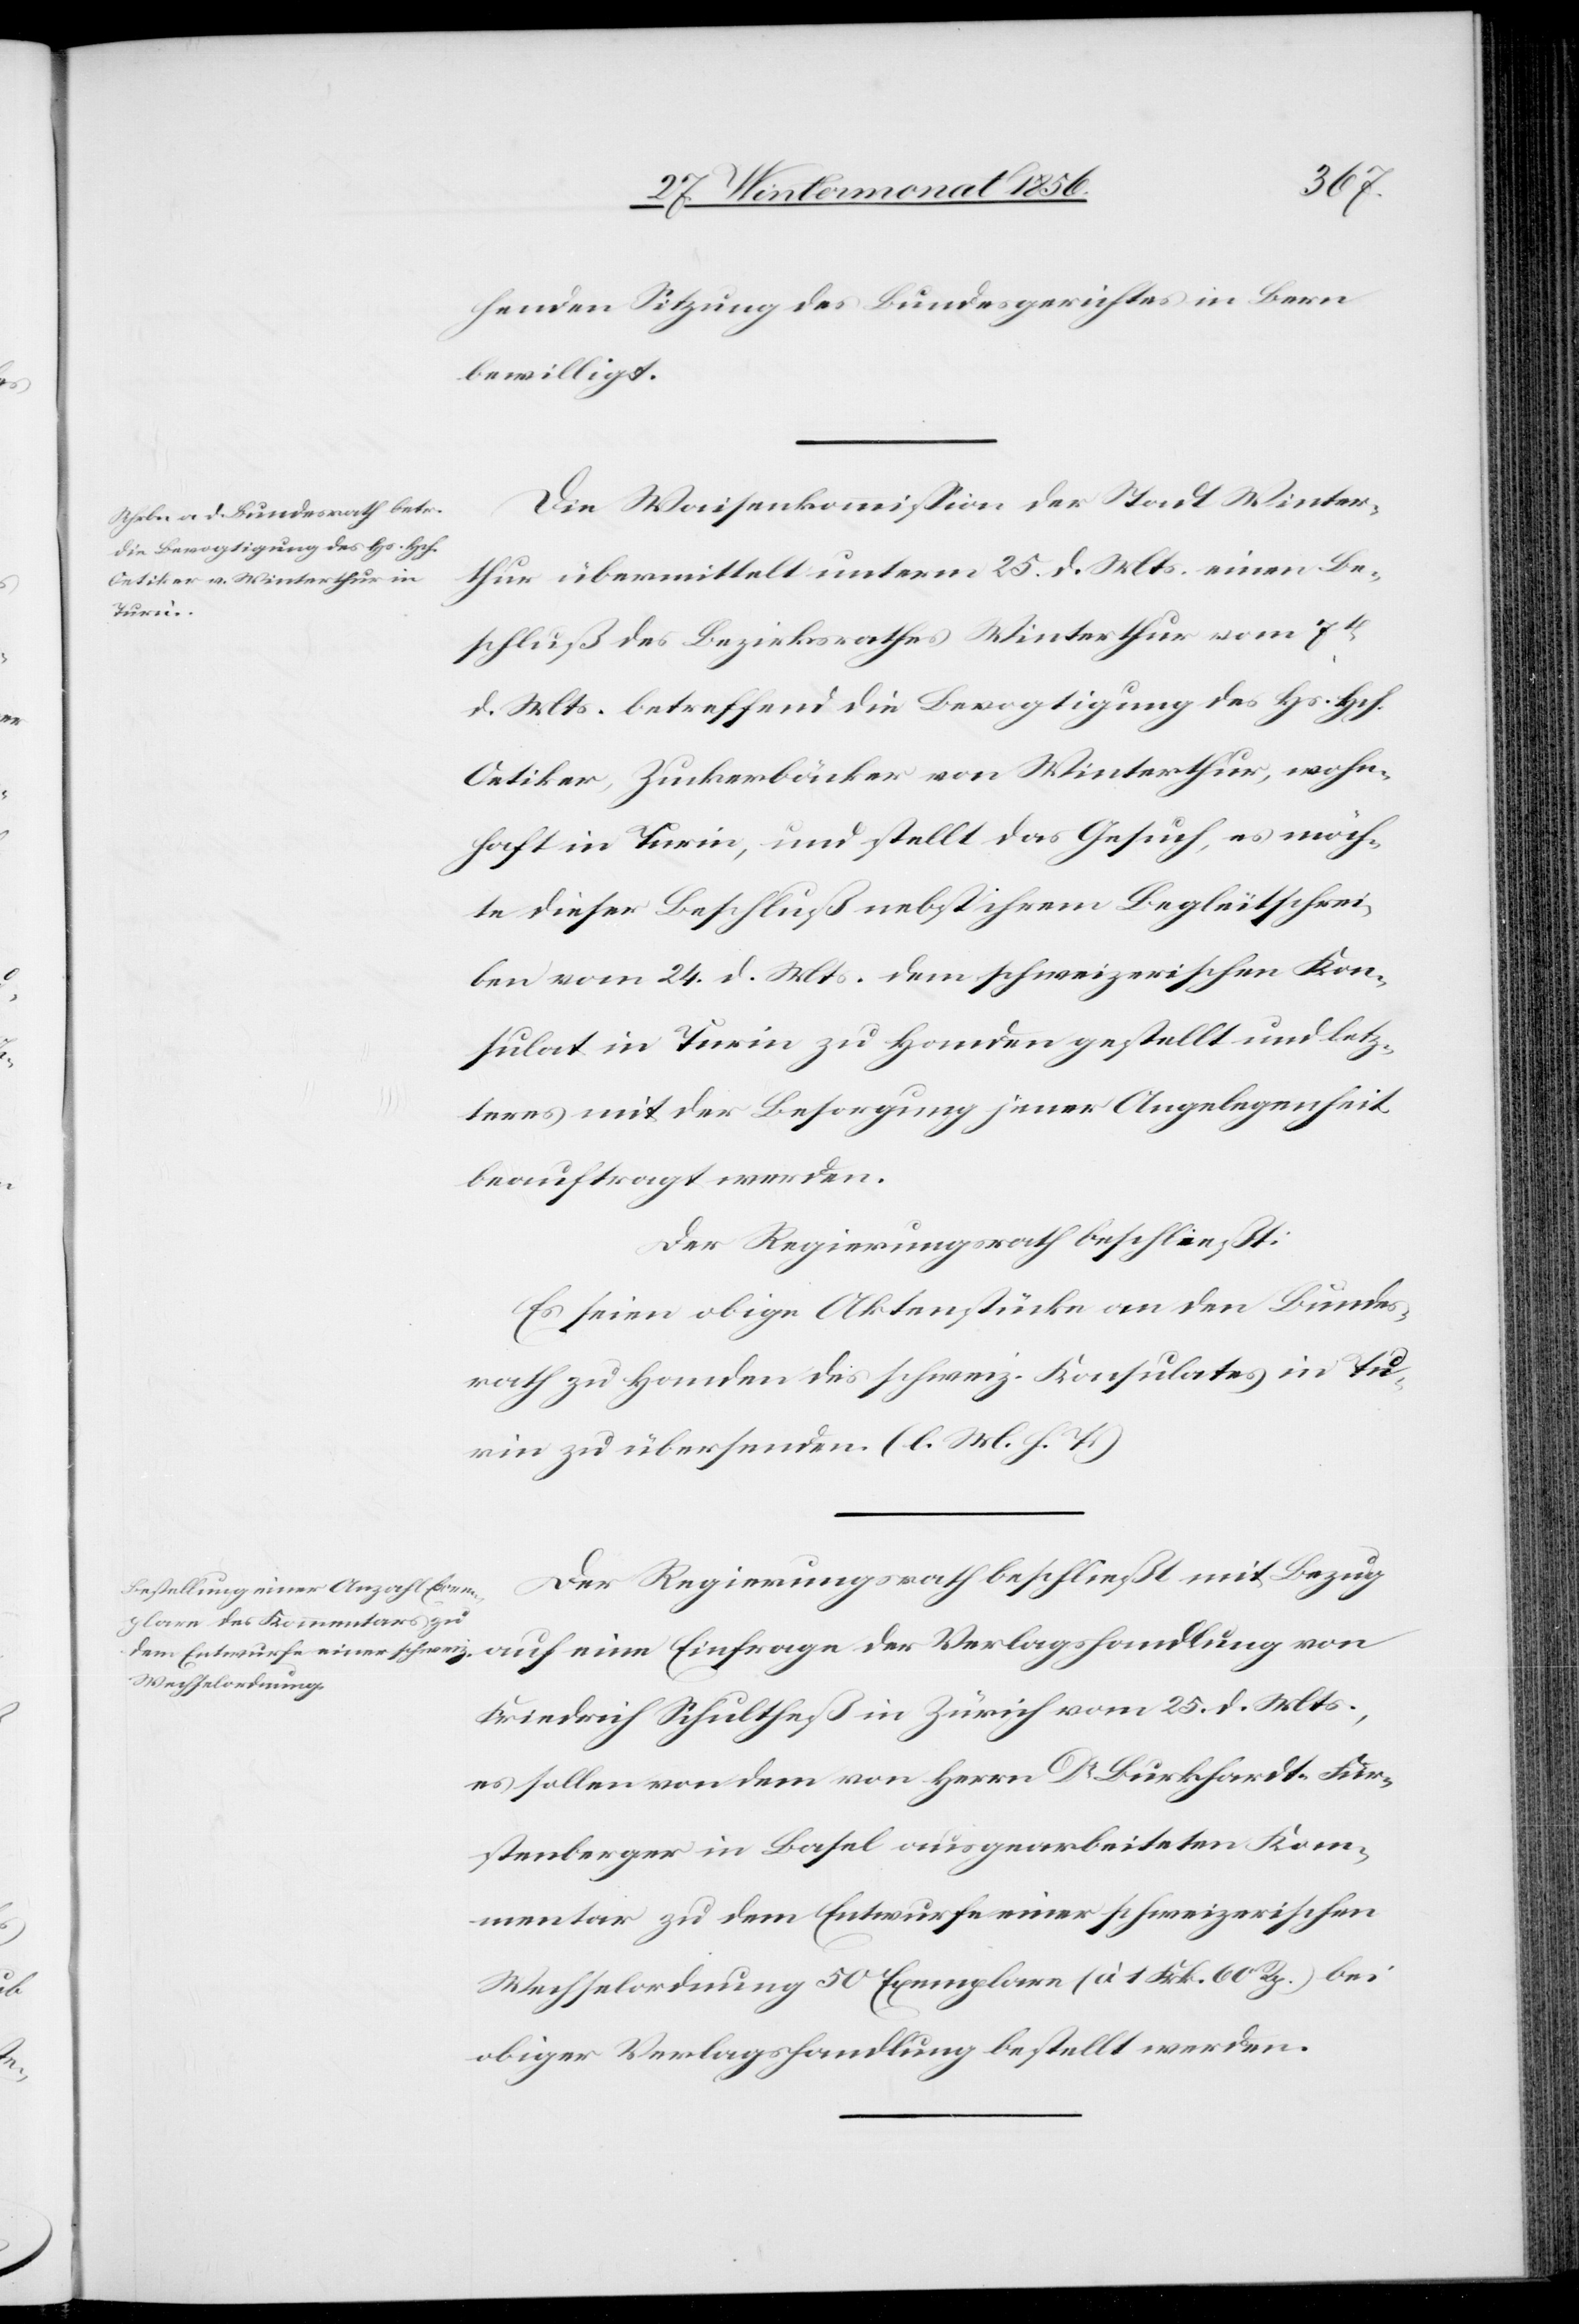
henden Sitzung des Bundesgerichtes in Bern
bewilligt.
Die Waisenkommission der Stadt Winter¬
thur übermittelt unterm 25. d. Mts. einen Be¬
schluß des Bezirksrathes Winterthur vom 7t
d. Mts. betreffend die Bevogtigung des Hs. Hch.
Oetiker, Zuckerbäcker von Winterthur, wohn¬
haft in Turin, und stellt das Gesuch, es möch¬
te dieser Beschluß nebst ihrem Begleitschrei¬
ben vom 24. d. Mts. dem schweizerischen Kon¬
sulat in Turin zu Handen gestellt und letz¬
teres mit der Besorgung jener Angelegenheit
beauftragt werden.
Der Regierungsrath beschließt:
Es seien obige Aktenstücke an den Bundes¬
rath zu Handen des schweiz. Konsulates in Tu¬
rin zu übersenden. (l. M. h. T.)
Der Regierungsrath beschließt mit Bezug
Friedrich Schultheß in Zürich vom 25. d. Mts.,
es sollen von dem von Herrn Dr Burkhardt-Für¬
stenberger in Basel ausgearbeiteten Kom¬
mentar zu dem Entwurfe einer schweizerischen
Wechselordnung 50 Exemplare (à 1 Frk. 60 Rp.) bei
obiger Verlagshandlung bestellt werden.